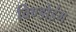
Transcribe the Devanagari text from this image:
विण्डोइंग